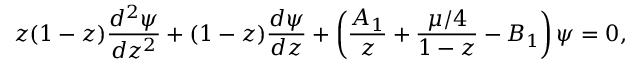
z ( 1 - z ) { \frac { d ^ { 2 } \psi } { d z ^ { 2 } } } + ( 1 - z ) { \frac { d \psi } { d z } } + \left( { \frac { A _ { 1 } } { z } } + { \frac { \mu / 4 } { 1 - z } } - B _ { 1 } \right) \psi = 0 ,